Document type: Sale
Year: 1226
Scribe: Ramon d'Om
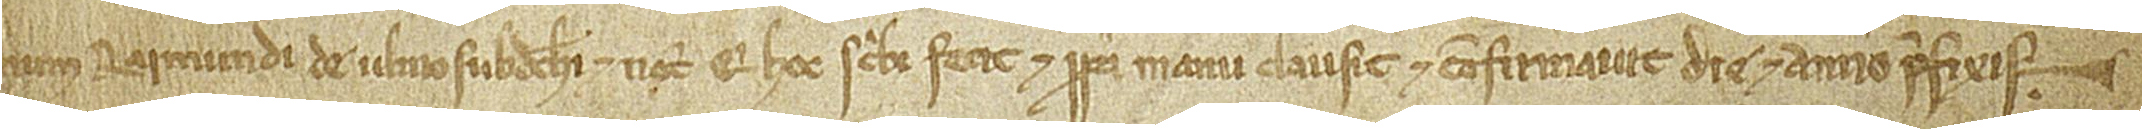
num Raimundi de Ulmo, subdiachoni et notarii, qui hoc scribi fecit et propria manu clausit et confirmavit die et anno prefixis.